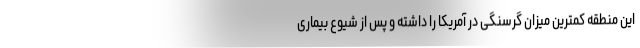
این منطقه کمترین میزان گرسنگی در آمریکا را داشته و پس از شیوع بیماری